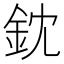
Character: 鈂